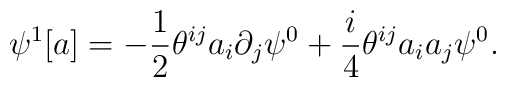
\psi^1[a]=-\frac{1}{2}\theta^{ij}a_i\partial_j\psi^0+\frac{i}{4}\theta^{ij}a_ia_j\psi^0.